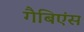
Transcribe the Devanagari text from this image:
गैबिएंस